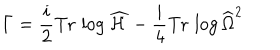
\Gamma = { \frac { i } { 2 } } \mathrm { T r } \, \log \widehat { \cal H } - \frac { i } { 4 } \mathrm { T r } \, \log \widehat { \Omega } ^ { 2 }